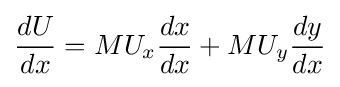
{\frac {dU}{dx}}=MU_{x}{\frac {dx}{dx}}+MU_{y}{\frac {dy}{dx}}